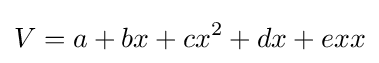
V=a+bx+cx^{2}+dx+exx